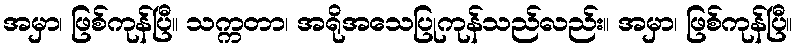
အမှာ၊ ဖြစ်ကုန်ပြီ။ သက္ကတာ၊ အရိုအသေပြုကုန်သည်လည်း။ အမှာ၊ ဖြစ်ကုန်ပြီ။